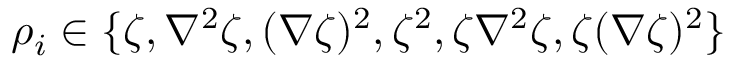
\rho _ { i } \in \{ \zeta , \nabla ^ { 2 } \zeta , ( \nabla \zeta ) ^ { 2 } , \zeta ^ { 2 } , \zeta \nabla ^ { 2 } \zeta , \zeta ( \nabla \zeta ) ^ { 2 } \}